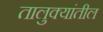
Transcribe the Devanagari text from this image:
तालुक्‍यांतील